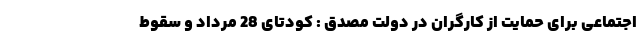
اجتماعی برای حمایت از کارگران در دولت مصدق : کودتای 28 مرداد و سقوط